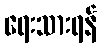
ရေးသားရန်